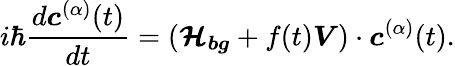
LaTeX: i\hbar\frac{d\boldsymbol{c}^{(\alpha)}(t)}{dt}=(\boldsymbol{\mathcal{H}_{bg}}+f(t)\boldsymbol{V})\cdot\boldsymbol{c}^{(\alpha)}(t).